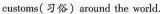
customs(习俗)around the world.